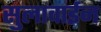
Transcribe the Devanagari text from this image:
सुलावाईन